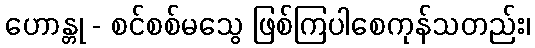
ဟောန္တု - စင်စစ်မသွေ ဖြစ်ကြပါစေကုန်သတည်း၊